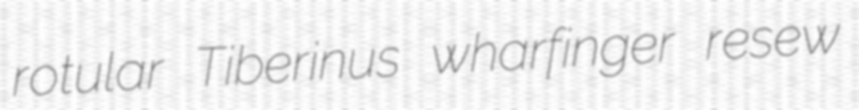
rotular Tiberinus wharfinger resew